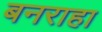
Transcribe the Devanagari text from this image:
बनराहा